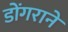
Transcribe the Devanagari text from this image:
डोंगराने